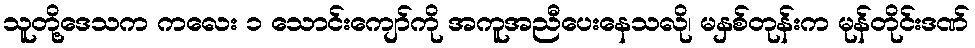
သူတို့ဒေသက ကလေး ၁ သောင်းကျော်ကို အကူအညီပေးနေသလို၊ မနှစ်တုန်းက မုန်တိုင်းဒဏ်